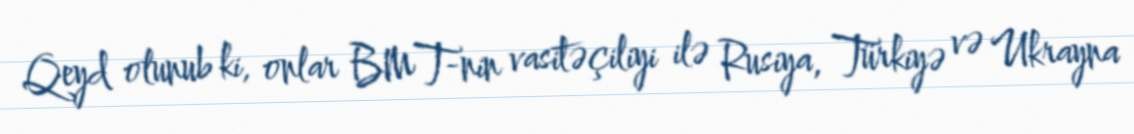
Qeyd olunub ki, onlar BMT-nin vasitəçiliyi ilə Rusiya, Türkiyə və Ukrayna